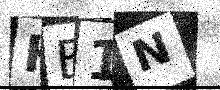
Text: HB1N